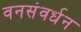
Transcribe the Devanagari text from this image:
वनसंवर्धन